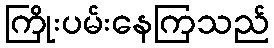
ကြိုးပမ်းနေကြသည်